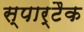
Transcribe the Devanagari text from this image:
स्पार्टैक